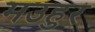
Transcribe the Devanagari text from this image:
मउहुर